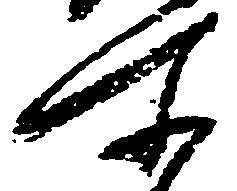
所